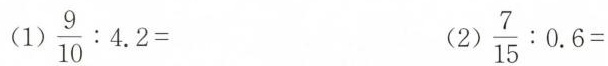
$$\frac{ 9 } { 10 } : 4.2 =$$ $$\frac{ 7 } { 15 } : 0.6=$$